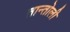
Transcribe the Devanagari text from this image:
तान्तोली